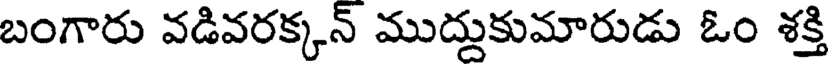
బంగారు వడివరక్కన్ ముద్దుకుమారుడు ఓం శక్తి